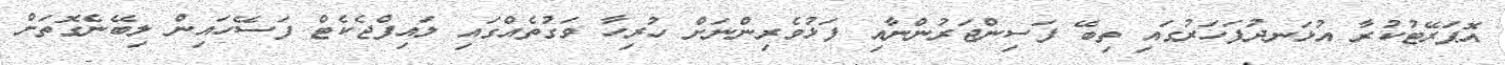
އޮޕަރޭޓުކުރާ އުޅަނދުފަހަރުގައި ތިބޭ ފަސިންޖަރުންނާއި ފަޅުވެރިންނަށް ހުރިހާ ވަގުތެއްގައި ލައިފްޖެކެޓް ފަސޭހައިން ލިބޭނެގޮތަށް